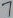
Text: 7